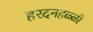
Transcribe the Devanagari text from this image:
हरदनहळ्ळी